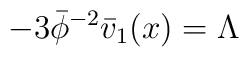
-3\bar{\phi}^{-2}\bar{v}_{1}(x)=\Lambda